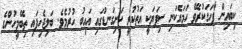
ކިބައިން ފާހަގަކުރެވޭ ހަމައެކަނި ސިފަޔަކީ އަތުކުރީ ކަށިގަނޑުގައި އައިބު ހުރުމެވެ. ބަލިޖެހިފައި ތިބޭމީހުންގެ